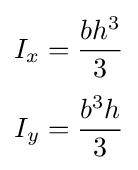
{\begin{aligned}I_{x}&={\frac {bh^{3}}{3}}\\[3pt]I_{y}&={\frac {b^{3}h}{3}}\end{aligned}}